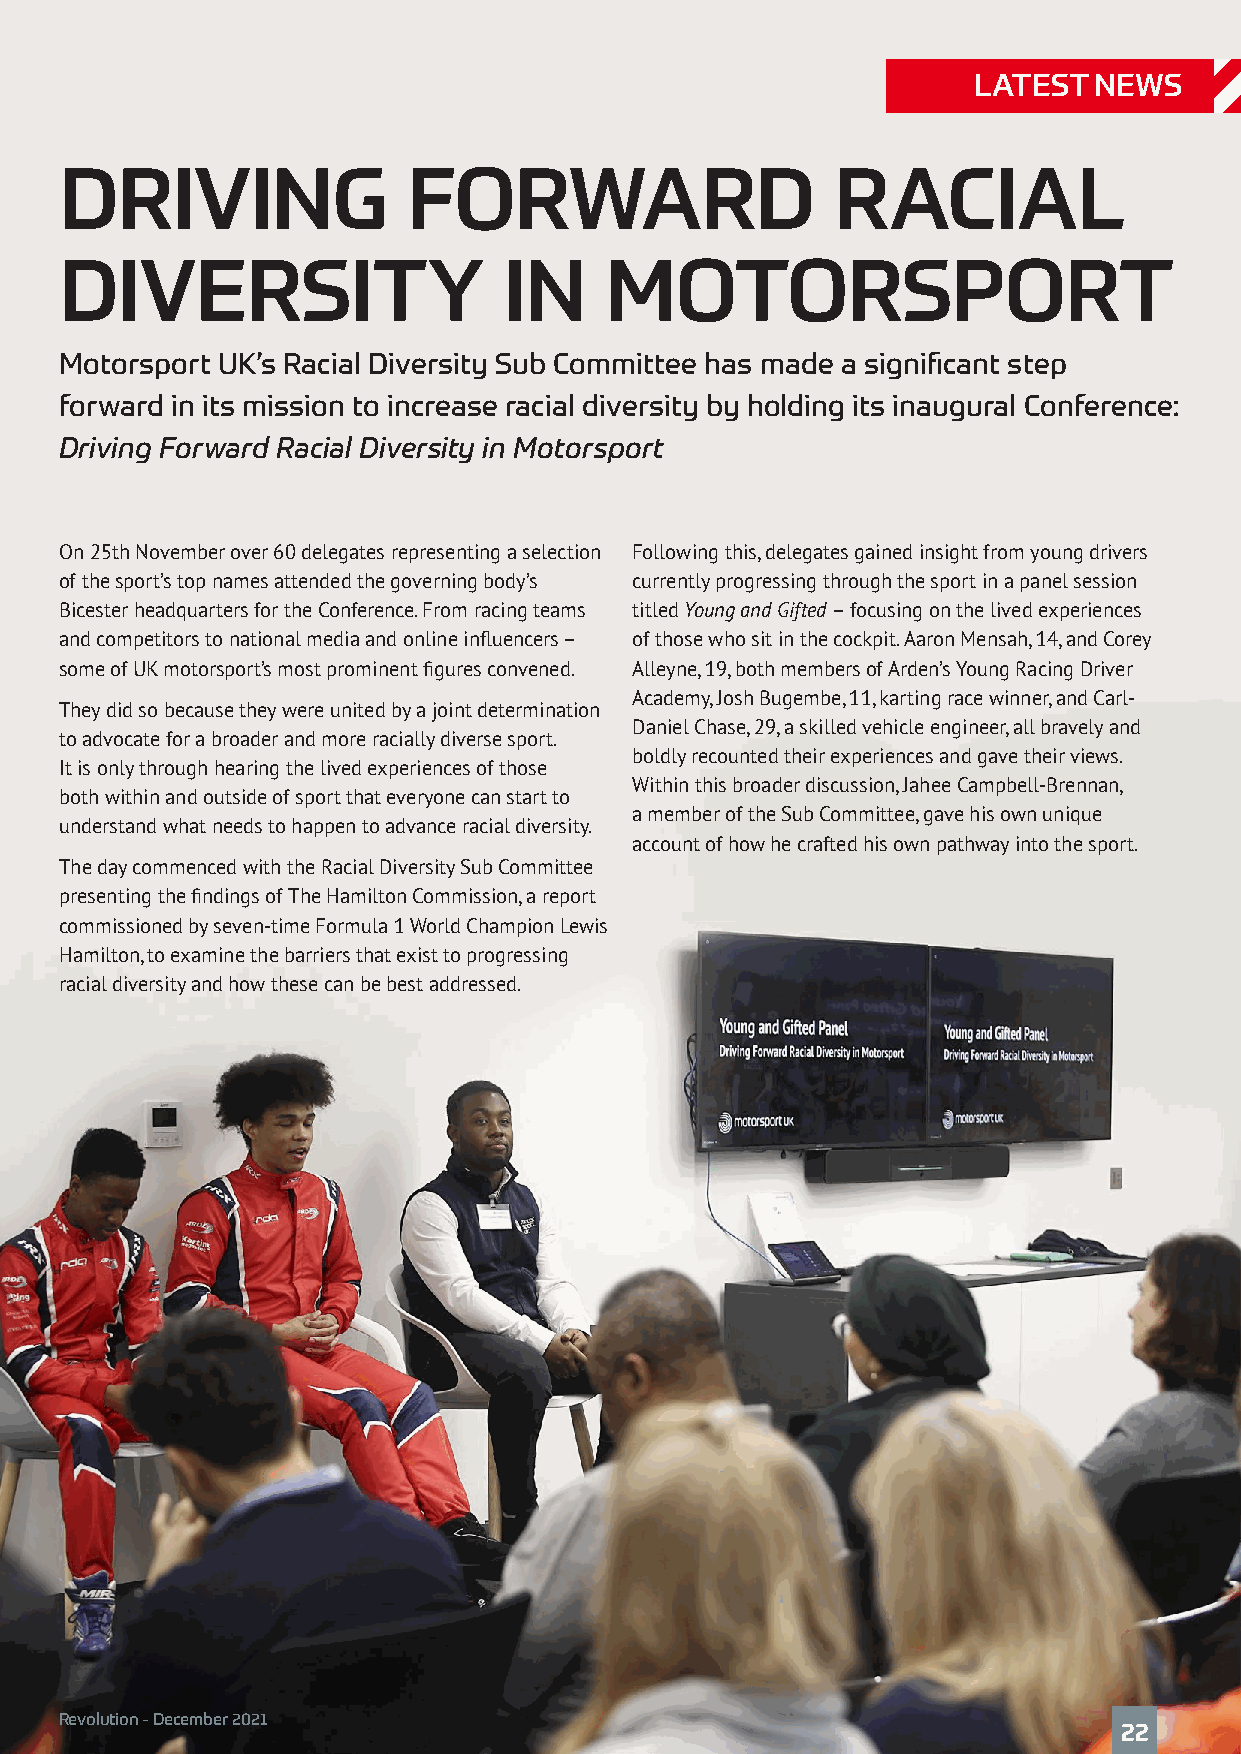
LATEST  NEWS
 DRIVING                FORWARD                     RACIAL
 DIVERSITY                    IN     MOTORSPORT
 Motorsport UK’s Racial Diversity Sub Committee has made a significant step
 forward in its mission to increase racial diversity by holding its inaugural Conference:
 Driving Forward Racial Diversity in Motorsport
 On 25th November over 60 delegates representing a selection Following this, delegates gained insight from young drivers
 of the sport’s top names attended the governing body’s currently progressing through the sport in a panel session
 Bicester headquarters for the Conference. From racing teams titled Young and Gifted – focusing on the lived experiences
 and competitors to national media and online influencers – of those who sit in the cockpit. Aaron Mensah, 14, and Corey
 some of UK motorsport’s most prominent figures convened. Alleyne, 19, both members of Arden’s Young Racing Driver
 Academy, Josh Bugembe, 11, karting race winner, and Carl-
 They did so because they were united by a joint determination
 Daniel Chase, 29, a skilled vehicle engineer, all bravely and
 to advocate for a broader and more racially diverse sport.
 boldly recounted their experiences and gave their views.
 It is only through hearing the lived experiences of those
 Within this broader discussion, Jahee Campbell-Brennan,
 both within and outside of sport that everyone can start to
 a member of the Sub Committee, gave his own unique
 understand what needs to happen to advance racial diversity.
 account of how he crafted his own pathway into the sport.
 The day commenced with the Racial Diversity Sub Committee
 presenting the findings of The Hamilton Commission, a report
 commissioned by seven-time Formula 1 World Champion Lewis
 Hamilton, to examine the barriers that exist to progressing
 racial diversity and how these can be best addressed.
 Revolution - December 2021
 22